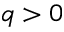
q > 0